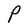
Character: P